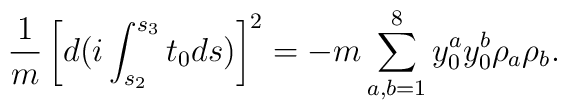
\frac{1}{m} \left[d(i\int_{s_2}^{s_3}t_0 ds)\right]^2     = -m \sum_{a,b=1}^8 {y}_0^{a} {y}_0^{b} \rho_a \rho_b.